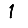
Digit: 1